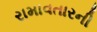
રામાવતારની